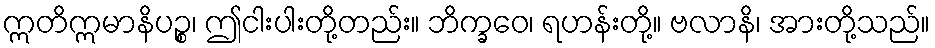
ဣတိဣမာနိပဉ္စ၊ ဤငါးပါးတို့တည်း။ ဘိက္ခဝေ၊ ရဟန်းတို့။ ဗလာနိ၊ အားတို့သည်။